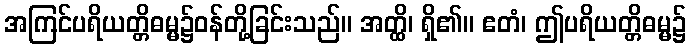
အကြင်ပရိယတ္တိဓမ္မ၌ဝန်တို့ခြင်းသည်။ အတ္ထိ၊ ရှိ၏။ ဧတံ၊ ဤပရိယတ္တိဓမ္မ၌